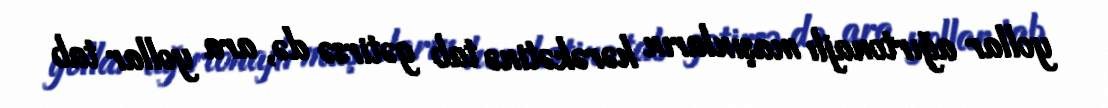
yollar ağırtonajlı maşınların hərəkətinə tab gətirsə də, ara yollar tab